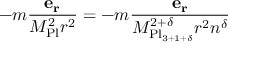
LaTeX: - m { \frac { \mathbf { e _ { r } } } { M _ { \mathrm { P l } } ^ { 2 } r ^ { 2 } } } = - m { \frac { \mathbf { e _ { r } } } { M _ { \mathrm { P l } _ { 3 + 1 + \delta } } ^ { 2 + \delta } r ^ { 2 } n ^ { \delta } } }